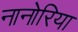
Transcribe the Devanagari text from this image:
नानोरिया